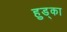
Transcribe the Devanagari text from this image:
हुड्का